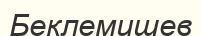
Беклемишев